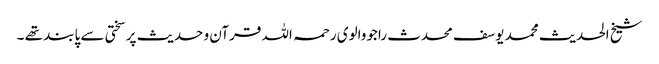
شیخ الحدیث محمد یوسف محدث راجووالوی رحمہ اللہ قرآن و حدیث پر سختی سے پابند تھے ۔